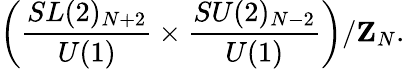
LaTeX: \left(\frac{SL(2)_{N+2}}{U(1)}\times\frac{SU(2)_{N-2}}{U(1)}\right)/{\mathbf Z}_{N}.